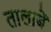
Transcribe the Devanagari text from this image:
तालाबें